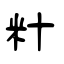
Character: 籵